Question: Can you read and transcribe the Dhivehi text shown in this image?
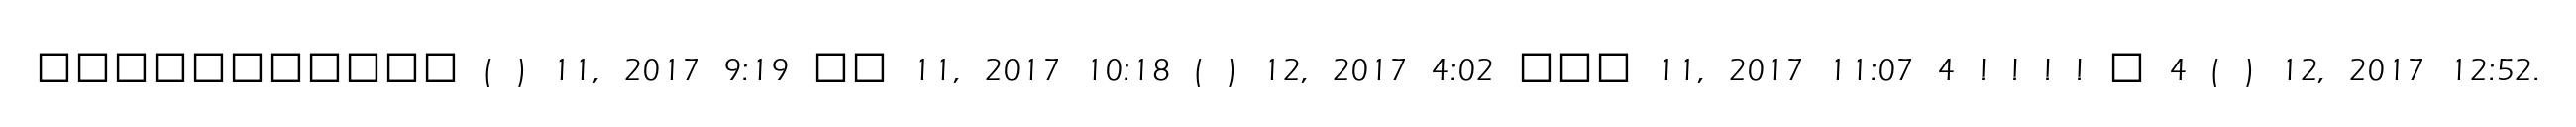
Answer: ??????????? ( ) 11, 2017 9:19 ?? 11, 2017 10:18 ( ) 12, 2017 4:02 ??? 11, 2017 11:07 4 ! ! ! ! ? 4 ( ) 12, 2017 12:52.